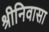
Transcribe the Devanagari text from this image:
श्रीनिवासा